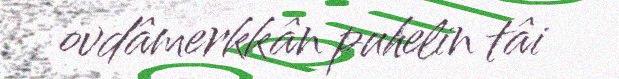
ovdâmerkkân puhelin tâi